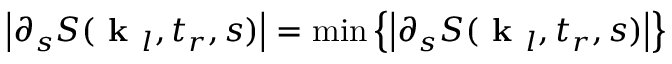
\left| \partial _ { s } S ( \textbf { k } _ { l } , t _ { r } , s ) \right| = \operatorname* { m i n } \left\{ \left| \partial _ { s } S ( \textbf { k } _ { l } , t _ { r } , s ) \right| \right\}